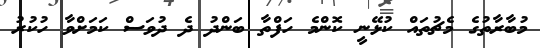
މުބާރާތުގެ މެޗުތައް ކުޅޭނީ ކޮންމެ ހަފްތާ ބަންދު ދެ ދުވަސް ކަމަށްވާ ހުކުރު